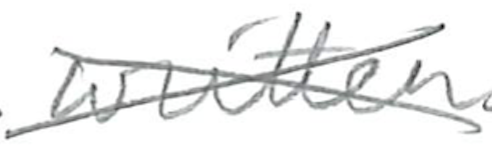
Text: written
Cross-out: cross
Writing tool: pencil